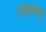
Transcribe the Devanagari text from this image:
तोविष्णु